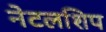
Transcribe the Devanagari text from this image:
नेटलशिप